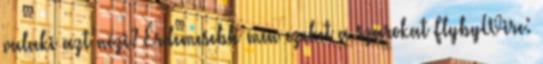
valaki azt nézi? Érdemesebb min ezeket a szarokat FlybyWire: